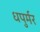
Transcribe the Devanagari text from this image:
धपुर्मर